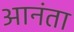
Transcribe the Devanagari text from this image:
आनंता